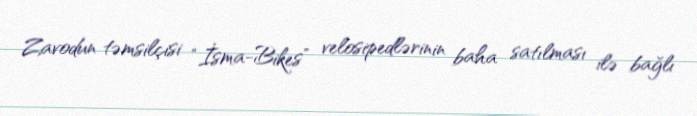
Zavodun təmsilçisi “İsma-Bikes” velosipedlərinin baha satılması ilə bağlı